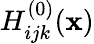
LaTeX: H_{ijk}^{(0)}({\mathbf x})